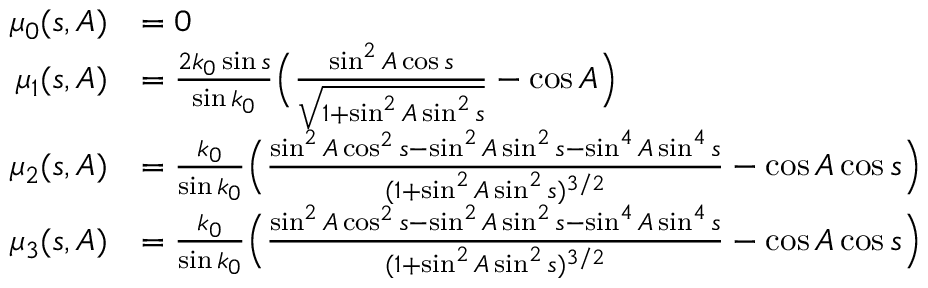
\begin{array} { r l } { \mu _ { 0 } ( s , A ) } & { = 0 } \\ { \mu _ { 1 } ( s , A ) } & { = \frac { 2 k _ { 0 } \sin s } { \sin k _ { 0 } } \Big ( \frac { \sin ^ { 2 } A \cos s } { \sqrt { 1 + \sin ^ { 2 } A \sin ^ { 2 } s } } - \cos A \Big ) } \\ { \mu _ { 2 } ( s , A ) } & { = \frac { k _ { 0 } } { \sin k _ { 0 } } \Big ( \frac { \sin ^ { 2 } A \cos ^ { 2 } s - \sin ^ { 2 } A \sin ^ { 2 } s - \sin ^ { 4 } A \sin ^ { 4 } s } { ( 1 + \sin ^ { 2 } A \sin ^ { 2 } s ) ^ { 3 / 2 } } - \cos A \cos s \Big ) } \\ { \mu _ { 3 } ( s , A ) } & { = \frac { k _ { 0 } } { \sin k _ { 0 } } \Big ( \frac { \sin ^ { 2 } A \cos ^ { 2 } s - \sin ^ { 2 } A \sin ^ { 2 } s - \sin ^ { 4 } A \sin ^ { 4 } s } { ( 1 + \sin ^ { 2 } A \sin ^ { 2 } s ) ^ { 3 / 2 } } - \cos A \cos s \Big ) } \end{array}